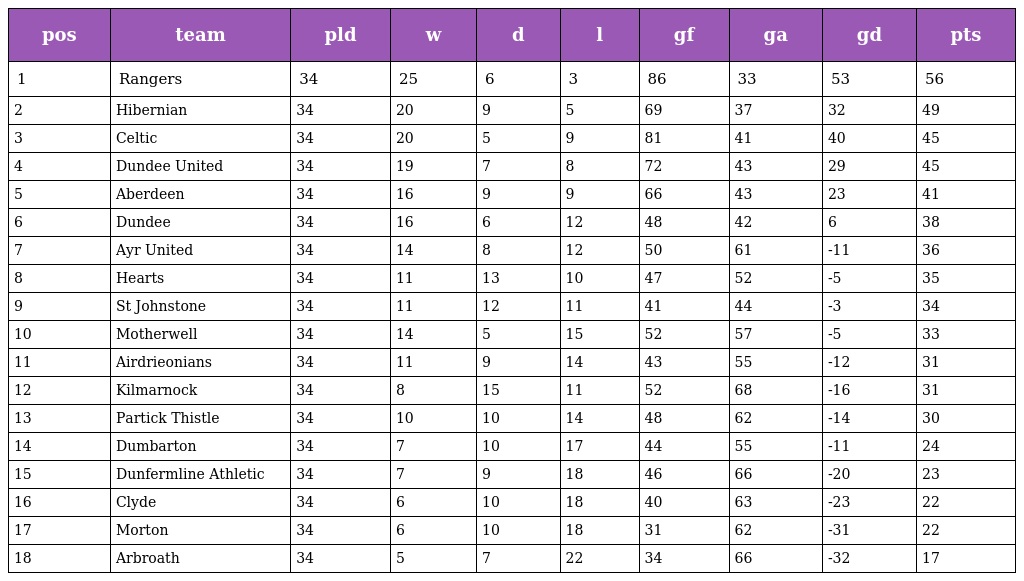
| pos | team | pld | w | d | l | gf | ga | gd | pts |
 | --- | --- | --- | --- | --- | --- | --- | --- | --- | --- |
 | 1 | Rangers | 34 | 25 | 6 | 3 | 86 | 33 | 53 | 56 |
 | 2 | Hibernian | 34 | 20 | 9 | 5 | 69 | 37 | 32 | 49 |
 | 3 | Celtic | 34 | 20 | 5 | 9 | 81 | 41 | 40 | 45 |
 | 4 | Dundee United | 34 | 19 | 7 | 8 | 72 | 43 | 29 | 45 |
 | 5 | Aberdeen | 34 | 16 | 9 | 9 | 66 | 43 | 23 | 41 |
 | 6 | Dundee | 34 | 16 | 6 | 12 | 48 | 42 | 6 | 38 |
 | 7 | Ayr United | 34 | 14 | 8 | 12 | 50 | 61 | -11 | 36 |
 | 8 | Hearts | 34 | 11 | 13 | 10 | 47 | 52 | -5 | 35 |
 | 9 | St Johnstone | 34 | 11 | 12 | 11 | 41 | 44 | -3 | 34 |
 | 10 | Motherwell | 34 | 14 | 5 | 15 | 52 | 57 | -5 | 33 |
 | 11 | Airdrieonians | 34 | 11 | 9 | 14 | 43 | 55 | -12 | 31 |
 | 12 | Kilmarnock | 34 | 8 | 15 | 11 | 52 | 68 | -16 | 31 |
 | 13 | Partick Thistle | 34 | 10 | 10 | 14 | 48 | 62 | -14 | 30 |
 | 14 | Dumbarton | 34 | 7 | 10 | 17 | 44 | 55 | -11 | 24 |
 | 15 | Dunfermline Athletic | 34 | 7 | 9 | 18 | 46 | 66 | -20 | 23 |
 | 16 | Clyde | 34 | 6 | 10 | 18 | 40 | 63 | -23 | 22 |
 | 17 | Morton | 34 | 6 | 10 | 18 | 31 | 62 | -31 | 22 |
 | 18 | Arbroath | 34 | 5 | 7 | 22 | 34 | 66 | -32 | 17 |